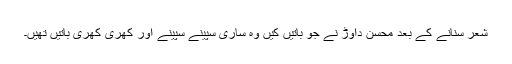
شعر سنانے کے بعد محسن داوڑ نے جو باتیں کیں وہ ساری سپینے سپینے اور کھری کھری باتیں تھیں۔